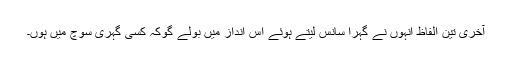
آخری تین الفاظ اُنہوں نے گہرا سانس لیتے ہوئے اِس انداز میں بولے گوکہ کسی گہری سوچ میں ہوں۔